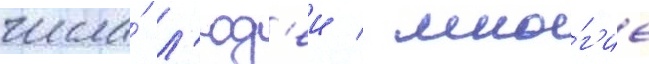
числа́ л'юд'еи / мно́г'ие